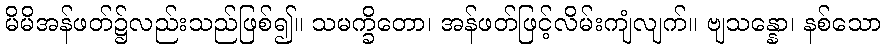
မိမိအန်ဖတ်၌လည်းသည်ဖြစ်၍။ သမက္ခိတော၊ အန်ဖတ်ဖြင့်လိမ်းကျံလျက်။ ဗျသန္နော၊ နစ်သော